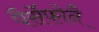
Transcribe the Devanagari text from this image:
पैर्सेफोनै